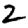
Digit: 2